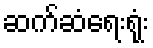
ဆက်ဆံရေးရုံး